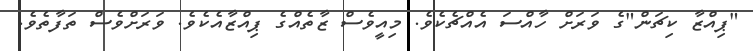
"ޕިއްޒާ ކިޗަން"ގެ ވަރަށް ހާއްސަ އެއްޗެކެވެ. މިއީވެސް ޒާތެއްގެ ޕިއްޒާއެކެވެ. ވަރަށްވެސް ތަފާތެވެ.